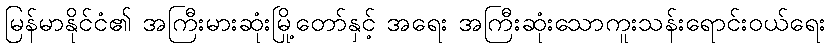
မြန်မာနိုင်ငံ၏ အကြီးမားဆုံးမြို့တော်နှင့် အရေး အကြီးဆုံးသောကူးသန်းရောင်းဝယ်ရေး